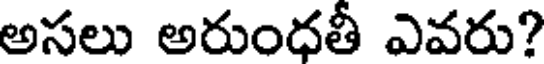
అసలు అరుంధతీ ఎవరు?